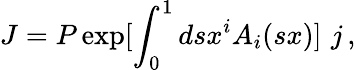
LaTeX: J=P\exp[\int_{0}^{1}dsx^{i}A_{i}(sx)]\, \, j\, ,